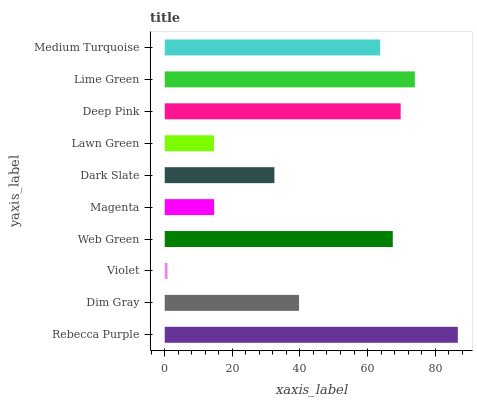
| yaxis_label | bars |
 | --- | --- |
 | Rebecca Purple | 86.7 |
 | Dim Gray | 39.7 |
 | Violet | 0.821 |
 | Web Green | 67.5 |
 | Magenta | 14.6 |
 | Dark Slate | 32.4 |
 | Lawn Green | 14.6 |
 | Deep Pink | 69.8 |
 | Lime Green | 74 |
 | Medium Turquoise | 63.7 |